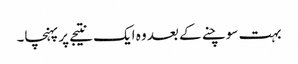
بہت سوچنے کے بعد وہ ایک نتیجے پرپہنچا۔